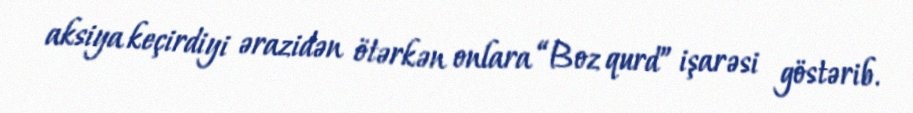
aksiya keçirdiyi ərazidən ötərkən onlara “Boz qurd” işarəsi göstərib.